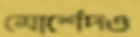
মোর্শেদও